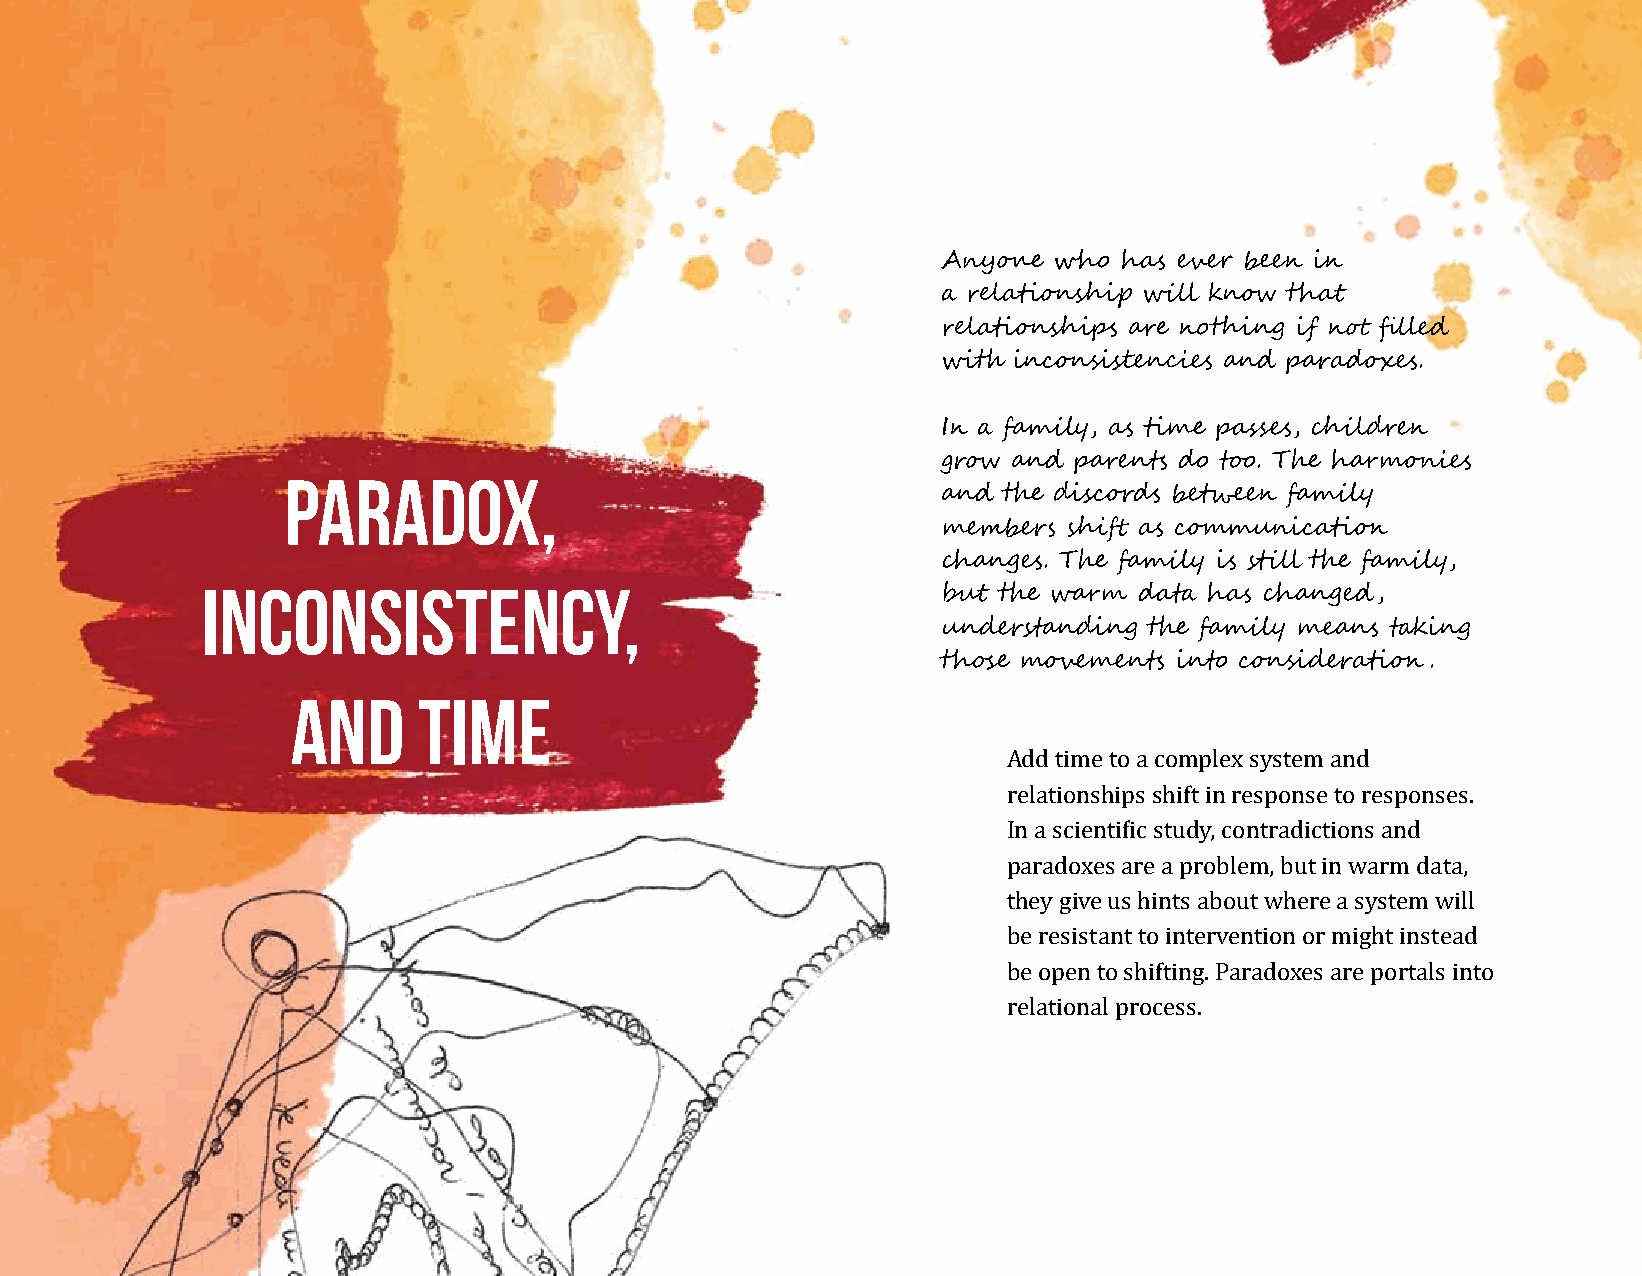
Anyone  who has ever been in
 a relationship will know that
 relationships are nothing if not filled
 with inconsistencies and paradoxes.
 In a family, as time passes, children
 grow and parents do too. The harmonies
 Paradox,
 and the discords between family
 members  shift as communication
 changes. The family is still the family,
 Inconsistency,
 but the warm data has changed,
 understanding the family means taking
 those movements into consideration.
 and      Time
 Add time to a complex system and
 relationships shift in response to responses.
 In a scientific study, contradictions and
 paradoxes are a problem, but in warm data,
 they give us hints about where a system will
 be resistant to intervention or might instead
 be open to shifting. Paradoxes are portals into
 relational process.